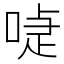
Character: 𠸝